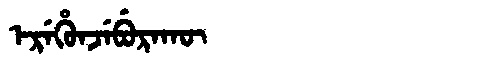
Manchu: ᡝᡵᡝᡥᡠᠨᠵᡝᠪᡠᡵᠠᡴᡡ
Romanization: EREHUNJEBURAKŪ